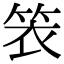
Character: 𬕁